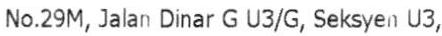
NO.29M,JALAN DINAR G U3/G,SEKSYEN U3,